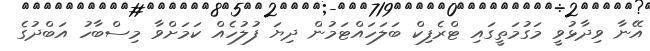
އޭނާ ވިދާޅުވީ މަގުމަތީގައި ޓްރެފިކް ބަލަހައްޓަމުން ދިޔަ ފުލުހެއް ކަމަށްވާ މިސްބާހު އަބްދުގެ